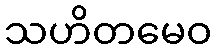
သဟိတမေဝ